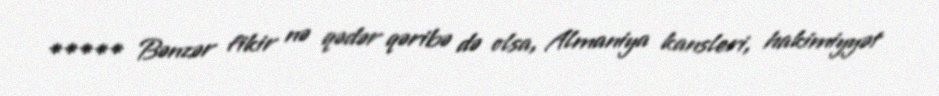
***** Bənzər fikir nə qədər qəribə də olsa, Almaniya kansleri, hakimiyyət